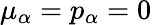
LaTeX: \mu_{\alpha}=p_{\alpha}=0